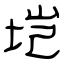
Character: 垲